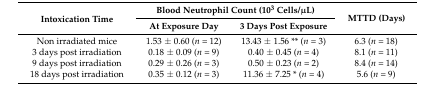
<table><thead><tr><td rowspan="2"><b>Intoxication Time</b></td><td colspan="2"><b>Blood Neutrophil Count (10<sup>3</sup> Cells/μL)</b></td><td rowspan="2"><b>MTTD (Days)</b></td></tr><tr><td><b>At Exposure Day</b></td><td><b>3 Days Post Exposure</b></td></tr></thead><tbody><tr><td>Non irradiated mice</td><td>1.53 ± 0.60 (<i>n</i> = 12)</td><td>13.43 ± 1.56 ** (<i>n</i> = 3)</td><td>6.3 (<i>n</i> = 18)</td></tr><tr><td>3 days post irradiation</td><td>0.18 ± 0.09 (<i>n</i> = 9)</td><td>0.40 ± 0.45 (<i>n</i> = 4)</td><td>8.1 (<i>n</i> = 11)</td></tr><tr><td>9 days post irradiation</td><td>0.29 ± 0.26 (<i>n</i> = 3)</td><td>0.50 ± 0.23 (<i>n</i> = 2)</td><td>8.4 (<i>n</i> = 14)</td></tr><tr><td>18 days post irradiation</td><td>0.35 ± 0.12 (<i>n</i> = 3)</td><td>11.36 ± 7.25 * (<i>n</i> = 4)</td><td>5.6 (<i>n</i> = 9)</td></tr></tbody></table>